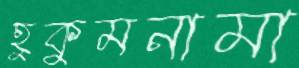
হুকুমনামা